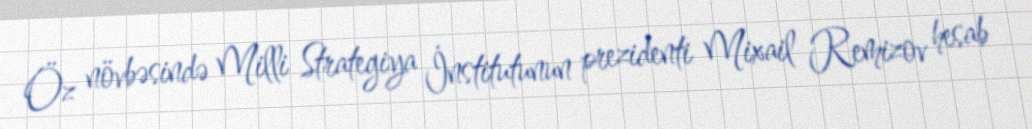
Öz növbəsində Milli Strategiya İnstitutunun prezidenti Mixail Remizov hesab